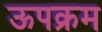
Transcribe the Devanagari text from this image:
ऊपक्रम